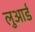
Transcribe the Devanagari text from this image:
लुआर्ड